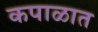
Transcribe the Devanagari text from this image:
कपाळात